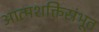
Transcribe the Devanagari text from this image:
आत्मशक्तिसंभूत